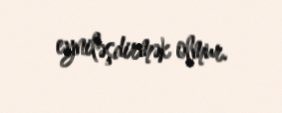
eyniləşdirmək olmur.